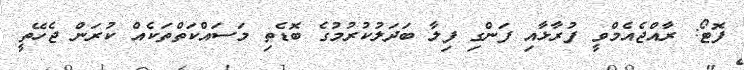
ފޮޓޯ: ރާއްޖެއެމްވީ ފުރާޅާއި ފަންގި ފިލާ ބަދަލުކުރުމުގެ ބޮޑެތި މަސައްކަތްތަކެއް ކުރަން ޖެހޭތީ